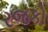
રજકો